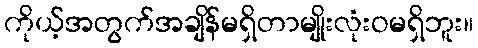
ကိုယ့်အတွက်အချိန်မရှိတာမျိုးလုံးဝမရှိဘူး။